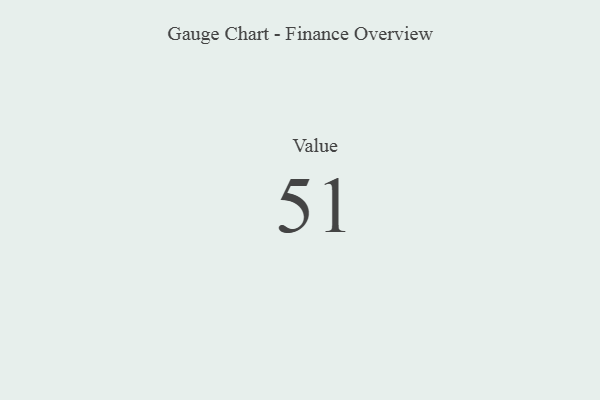
{"axis": {"x": "Metric", "y": "Value"}, "legend": [""], "data": [{"x": "Value", "y": 51, "type": ""}]}